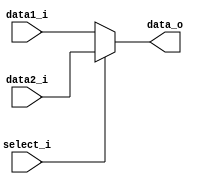
module MUX2
(
    data1_i,
    data2_i,
    select_i,
    data_o
);

input[31:0] data1_i;
input[31:0] data2_i;
input select_i;
output[31:0] data_o;

reg[31:0] data_reg;

always@(*)
begin
    if (select_i) begin
        data_reg = data2_i;
    end
    else begin
        data_reg = data1_i;
    end
end
assign data_o = data_reg;

endmodule